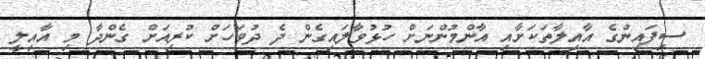
ސިފައިންގެ އާއިލާތަކަށާއި އާންމުންނަށް ހުޅުވާލައިގެން ދެ ދުވަހަށް ކުރިއަށް ގެންދާ މި އާއިލީ